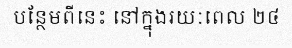
បន្ថែមពីនេះ នៅក្នុងរយៈពេល ២៤